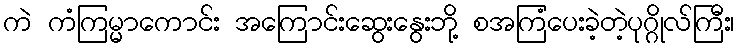
ကဲ ကံကြမ္မာကောင်း အကြောင်းဆွေးနွေးဘို့ စအကြံပေးခဲ့တဲ့ပုဂ္ဂိုလ်ကြီး၊